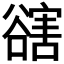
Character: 𧯆